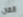
الفان